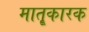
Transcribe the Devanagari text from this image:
मातृ्कारक